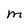
Character: M